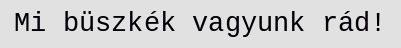
Mi büszkék vagyunk rád!